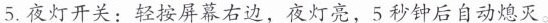
5.夜灯开关：轻按屏幕右边，夜灯亮，5秒钟后自动熄灭。